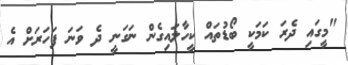
"މީގައި ދެރަ ކަމަކީ ބޯޑުތައް ކީހާލައިގެން ނަގަނީ ދެ ވަނަ ފަހަރަށް އެ